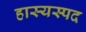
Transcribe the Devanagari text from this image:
हास्यस्पद